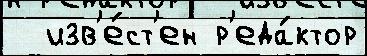
  изв'е́ст'ен р'еда́ктор